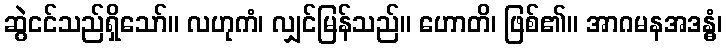
ဆွဲငင်သည်ရှိသော်။ လဟုကံ၊ လျှင်မြန်သည်။ ဟောတိ၊ ဖြစ်၏။ အာဂမနအဒန္ဓံ၊